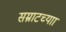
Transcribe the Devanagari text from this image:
सम्राटच्याा